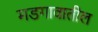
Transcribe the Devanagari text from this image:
मडगावातील